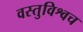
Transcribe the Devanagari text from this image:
वस्तुविश्वच